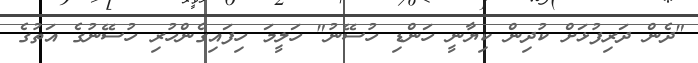
"ދެން ދަރިފުޅަށް ކުދިން ކިޔާނީ ހަންޑި ހުސޭނު" ހަލީމަ ހިފައިގެންހުރި ހުސޭނުގެ އަތުގެ